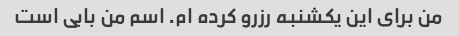
من برای این یکشنبه رزرو کرده ام. اسم من بابی است